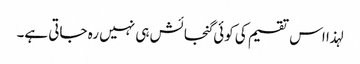
لہذا اس تقسیم کی کوئی گنجائش ہی نہیں رہ جاتی ہے۔